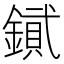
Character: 𨫮